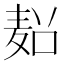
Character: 𱋏